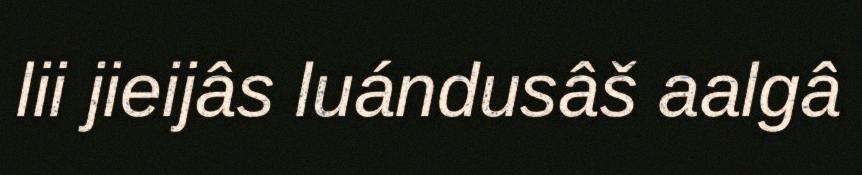
lii jieijâs luándusâš aalgâ